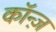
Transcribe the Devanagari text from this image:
कॉन्ज़